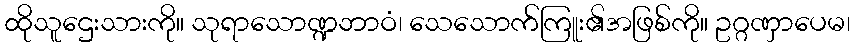
ထိုသူဌေးသားကို။ သုရာသောဏ္ဍဘာဝံ၊ သေသောက်ကြူး၏အဖြစ်ကို။ ဥဂ္ဂဏှာပေမ၊